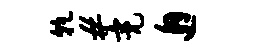
干#亮邂